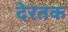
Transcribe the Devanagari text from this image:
देरतक